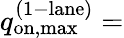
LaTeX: q_{\mathrm{on,max}}^{\mathrm{(1-lane)}}=